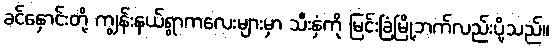
ခင်နှောင်းတို့ ကျွန်းနယ်ရွာကလေးများမှာ သီးနှံကို မြင်းခြံမြို့ဘက်လည်းပို့သည်။